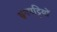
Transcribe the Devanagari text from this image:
इनपट्टियों